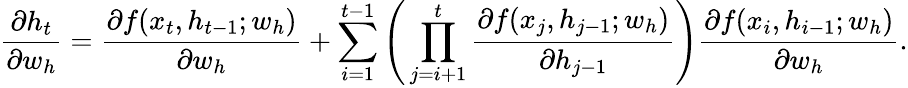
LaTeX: \frac{\partial h_{t}}{\partial w_{h}}=\frac{\partial f(x_{t},h_{t-1};w_{h})}{\partial w_{h}}+\sum_{i=1}^{t-1}\Bigg(\prod_{j=i+1}^{t}\frac{\partial f(x_{j},h_{j-1};w_{h})}{\partial h_{j-1}}\Bigg)\frac{\partial f(x_{i},h_{i-1};w_{h})}{\partial w_{h}}.